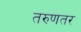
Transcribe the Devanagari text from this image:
तरुणतर